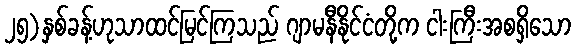
၂၅)နှစ်ခန့်ဟုသာထင်မြင်ကြသည် ဂျာမနီနိုင်ငံတို့က ငါးကြီးအစရှိသော